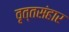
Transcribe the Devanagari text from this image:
वृत्तसंहार